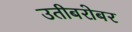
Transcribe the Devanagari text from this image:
उतीबरोबर